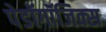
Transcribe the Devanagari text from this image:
पेडॉगॉजिक्स